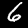
Label: 6